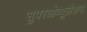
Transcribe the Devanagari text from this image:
सुपरओव्यूलेशन